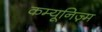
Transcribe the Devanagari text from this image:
कम्यूनिज़्म